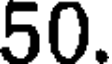
50.